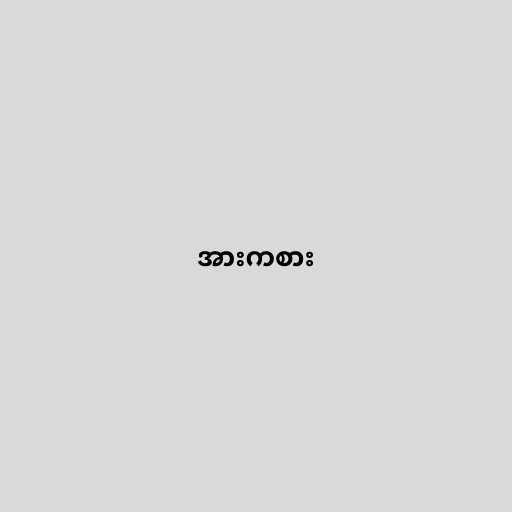
အားကစား